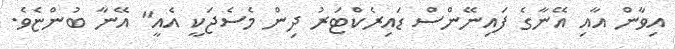
އިވާން އާއި އޭނާގެ ފައިނޭންސް ޑައިރެކްޓަރު ދިން މެސެޖަކީ އެއީ" އޭނާ ބުންޏެވެ.